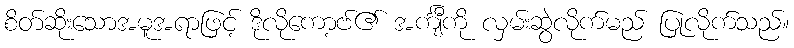
စိတ်ဆိုးသောအမူအရာဖြင့် ဒိုလိုကော့ဗ်၏ အင်္ကျီကို လှမ်းဆွဲလိုက်မည် ပြုလိုက်သည်။